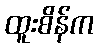
ထူးစိန်က